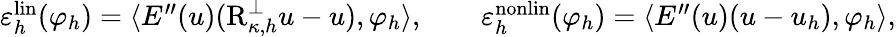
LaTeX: \begin{array}{r}{\varepsilon_{h}^{\mathrm{lin}}(\varphi_{h})=\langle E^{\prime\prime}(u)(\textup{R}_{\kappa,h}^{\perp}u-u),\varphi_{h}\rangle,\qquad\varepsilon_{h}^{\mathrm{nonlin}}(\varphi_{h})=\langle E^{\prime\prime}(u)(u-u_{h}),\varphi_{h}\rangle,}\end{array}